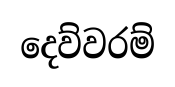
දෙව්වරම්